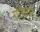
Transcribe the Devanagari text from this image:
ग्रर्मियों